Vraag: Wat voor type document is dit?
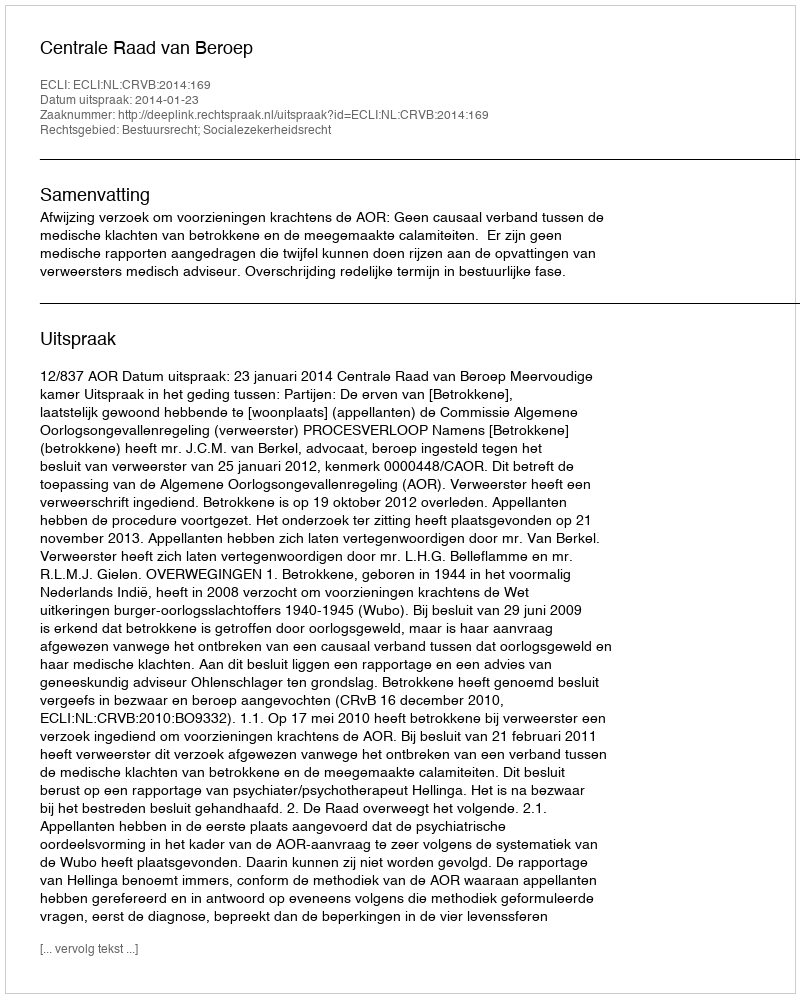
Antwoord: Uitspraak